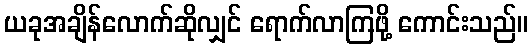
ယခုအချိန်လောက်ဆိုလျှင် ရောက်လာကြဖို့ ကောင်းသည်။